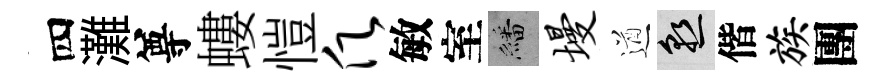
四灘尊螻愷愿敏室繙墁遒熟偕族團